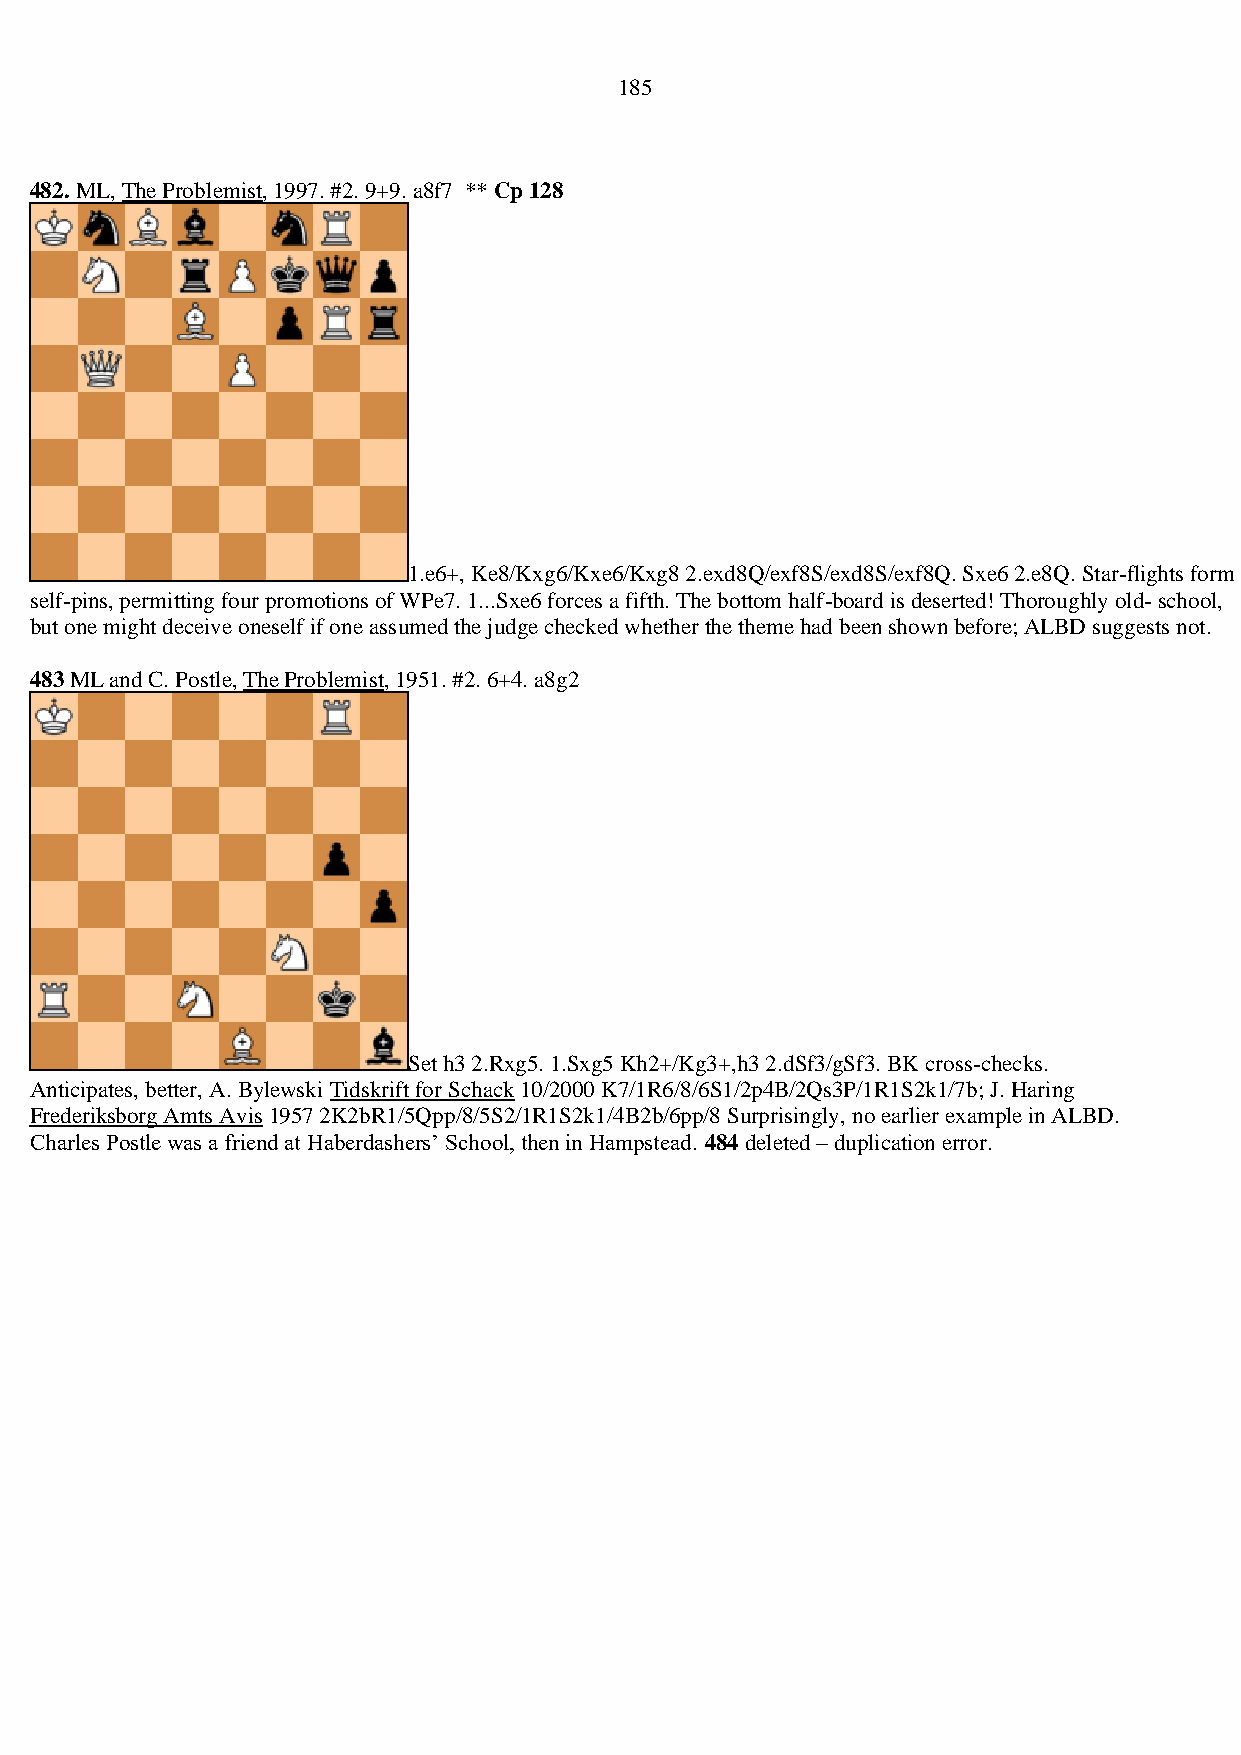
185
 482. ML, The Problemist, 1997. #2. 9+9. a8f7 ** Cp 128
 1.e6+, Ke8/Kxg6/Kxe6/Kxg8 2.exd8Q/exf8S/exd8S/exf8Q. Sxe6 2.e8Q. Star-flights form
 self-pins, permitting four promotions of WPe7. 1...Sxe6 forces a fifth. The bottom half-board is deserted! Thoroughly old- school,
 but one might deceive oneself if one assumed the judge checked whether the theme had been shown before; ALBD suggests not.
 483 ML and C. Postle, The Problemist, 1951. #2. 6+4. a8g2
 Set h3 2.Rxg5. 1.Sxg5 Kh2+/Kg3+,h3 2.dSf3/gSf3. BK cross-checks.
 Anticipates, better, A. Bylewski Tidskrift for Schack 10/2000 K7/1R6/8/6S1/2p4B/2Qs3P/1R1S2k1/7b; J. Haring
 Frederiksborg Amts Avis 1957 2K2bR1/5Qpp/8/5S2/1R1S2k1/4B2b/6pp/8 Surprisingly, no earlier example in ALBD.
 Charles Postle was a friend at Haberdashers’ School, then in Hampstead. 484 deleted – duplication error.